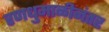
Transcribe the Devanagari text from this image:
रणधुमाळीनंतर